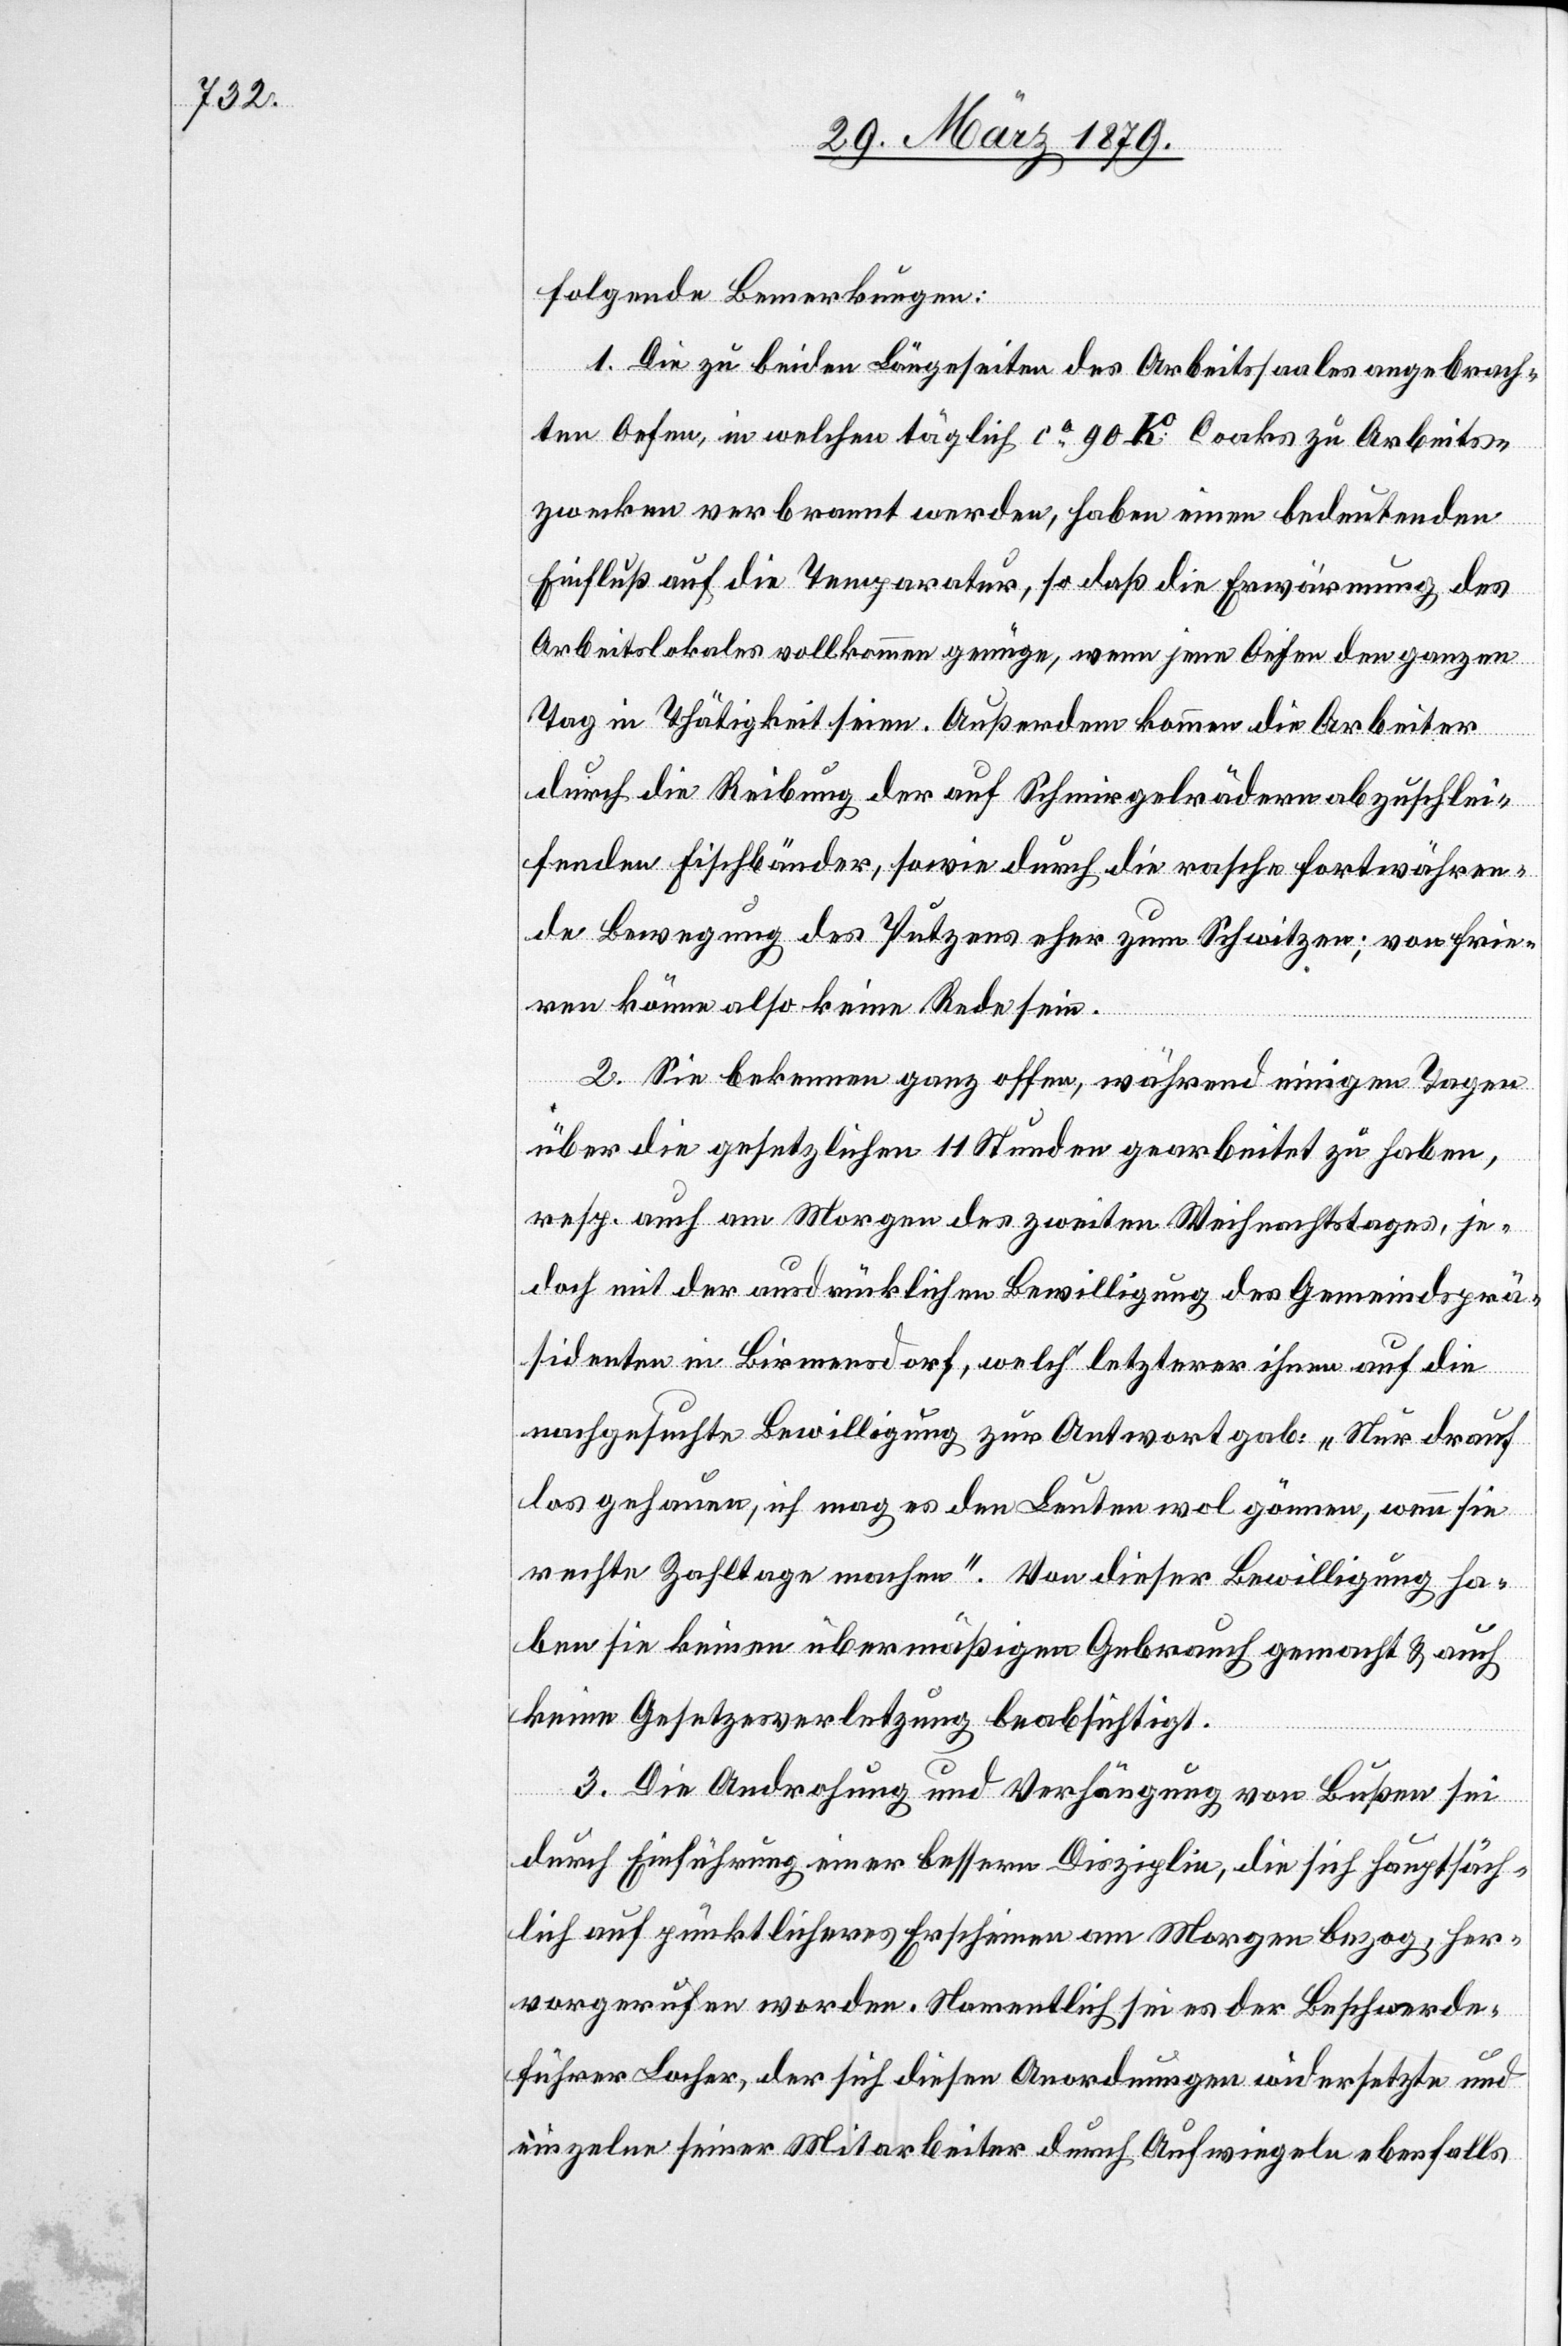
folgende Bemerkungen:
1. Die zu beiden Längeseiten des Arbeitssaales angebrach¬
ten Oefen, in welchen täglich ca 90 K Coaks zu Arbeits¬
zwecken verbrannt werden, haben einen bedeutenden
Einfluß auf die Temperatur, so daß die Erwärmung des
Arbeitslokales vollkommen genüge, wenn jene Oefen den ganzen
Tag in Thätigkeit seien. Außerdem kommen die Arbeiter
durch die Reibung der auf Schmirgelrädern abzuschlei¬
fenden Fischbänder, sowie durch die rasche fortwähren¬
de Bewegung des Putzens eher zum Schwitzen; von frie¬
ren könne also keine Rede sein.
2. Sie bekennen ganz offen, während einigen Tagen
über die gesetzlichen 11 Stunden gearbeitet zu haben,
resp. auch am Morgen des zweiten Weihnachtstages, je¬
doch mit der ausdrücklichen Bewilligung des Gemeindsprä¬
sidenten in Birmensdorf, welch’ letzterer ihnen auf die
nachgesuchte Bewilligung zur Antwort gab: „Nur drauf
los gehauen, ich mag es den Leuten wol gönnen, wenn sie
rechte Zahltage machen.“ Von dieser Bewilligung ha¬
ben sie keinen übermäßigen Gebrauch gemacht & auch
keine Gesetzesverletzung beabsichtigt.
3. Die Androhung und Verhängung von Bußen sei
durch Einführung einer bessern Disziplin, die sich hauptsäch¬
lich auf pünktlicheres Erscheinen am Morgen bezog, her¬
vorgerufen worden. Namentlich sei es der Beschwerde¬
führer Locher, der sich diesen Anordnungen widersetzte und
einzelne seiner Mitarbeiter durch Aufwiegeln ebenfalls